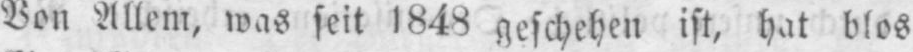
Von Allem, was seit 1848 geschehen ist, hat blos